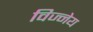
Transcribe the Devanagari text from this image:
विज्नेय